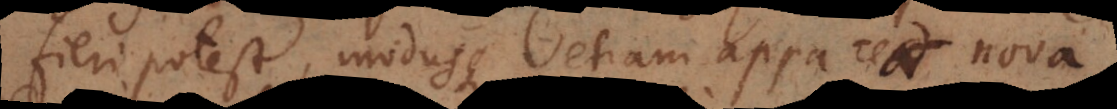
fieri potest, modusque etiam appareat nova